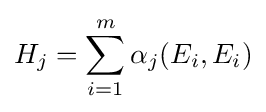
H_{j}=\sum _{i=1}^{m}\alpha _{j}(E_{i},E_{i})